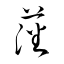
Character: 藩